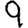
Digit: 9